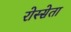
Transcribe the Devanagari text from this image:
रोस्सेता